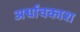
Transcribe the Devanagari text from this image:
अर्धावकाश